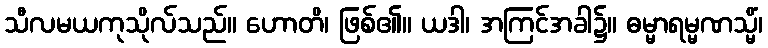
သီလမယကုသိုလ်သည်။ ဟောတိ၊ ဖြစ်၏။ ယဒါ၊ အကြင်အခါ၌။ ဓမ္မာရမ္မဏသ္မိံ၊